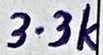
Text: 3.3k